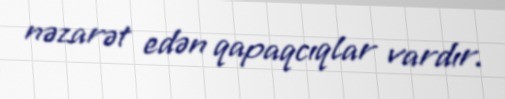
nəzarət edən qapaqcıqlar vardır.